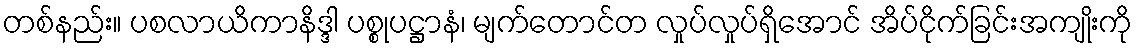
တစ်နည်း။ ပစလာယိကာနိဒ္ဒါ ပစ္စုပဋ္ဌာနံ၊ မျက်တောင်တ လှုပ်လှုပ်ရှိအောင် အိပ်ငိုက်ခြင်းအကျိုးကို